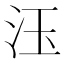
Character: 𱥼